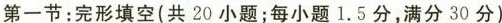
第一节：完成填空（共20小题;每小题1.5分，满分30分）